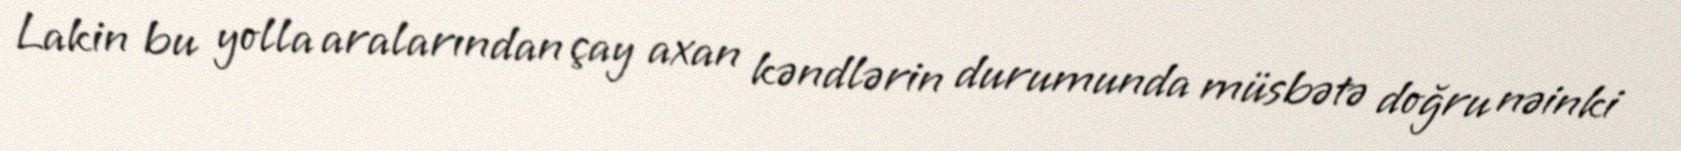
Lakin bu yolla aralarından çay axan kəndlərin durumunda müsbətə doğru nəinki